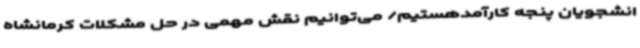
انشجویان پنجه کارآمدهستیم/ می‌توانیم نقش مهمی در حل مشکلات کرمانشاه